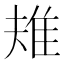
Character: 𨾚